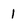
Character: 1